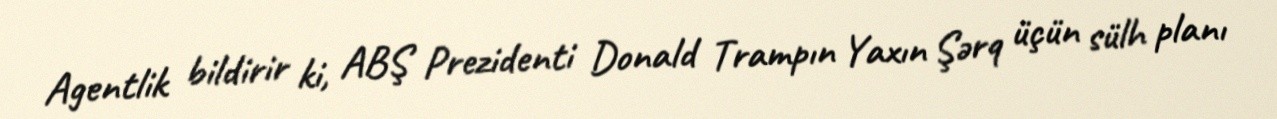
Agentlik bildirir ki, ABŞ Prezidenti Donald Trampın Yaxın Şərq üçün sülh planı